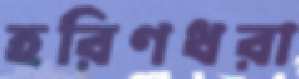
হরিণধরা